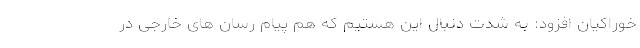
خوراکیان افزود: به شدت دنبال این هستیم که هم پیام رسان های خارجی در